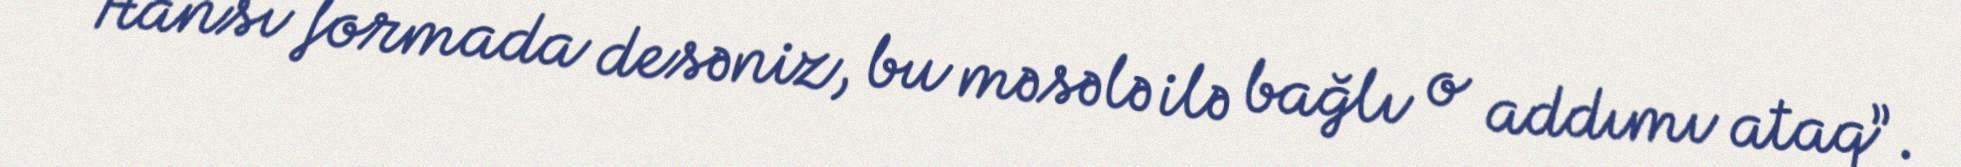
Hansı formada desəniz, bu məsələ ilə bağlı o addımı ataq”.